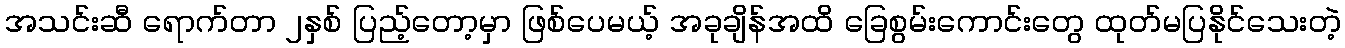
အသင်းဆီ ရောက်တာ ၂နှစ် ပြည့်တော့မှာ ဖြစ်ပေမယ့် အခုချိန်အထိ ခြေစွမ်းကောင်းတွေ ထုတ်မပြနိုင်သေးတဲ့